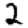
Digit: 2